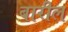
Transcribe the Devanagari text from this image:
बारील